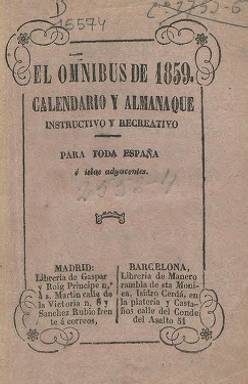
Título: El Ómnibus de ... (Madrid. 1858)
Colección: Almanaques
Ámbito geográfico: Madrid
Lugar de publicación: Madrid
Fechas: 01/01/1859-31/12/1859

Con el subtítulo “calendario y almanaque instructivo y recreativo para toda España e islas adyacentes” del año 1859, es estampado en la barcelonesa Imprenta de la Publicidad, a cargo de Antonio Flotats, vendiéndose en la Librería de los catalanes José Gaspar Maristany y José Roig Oliveras, establecidos con gran éxito en Madrid desde 1845, que pudieron ser sus editores, como otros libreros de Barcelona, indicados en la portada del tomo, que consta de 160 páginas foliadas, compuestas a una columna. Contiene textos divulgativos sobre épocas célebres, cómputo eclesiástico, fiestas religiosas, noticia de las principales ferias que se celebran en España, origen y tributos mensuales, un tratado de cronología, un almanaque agrícola, con avisos a los labradores sobre siembras mensuales, consejos higiénicos, de medicina doméstica y repostería y una miscelánea, entre otros asuntos. No contiene grabados. En esa época Gaspar y Roig son también editores de la revista ilustrada madrileña El Museo universal (1857-1869).